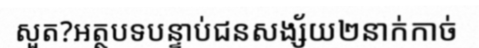
សួត?អត្ថបទបន្ទាប់ជនសង្ស័យ២នាក់កាច់